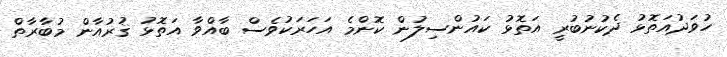
ހުވަދުއަތޮޅު ދެކުނުބުރީ އަތޮޅު ކައުންސިލުން ކޮންމެ އަހަރަކުވެސް ބާއްވާ އަތޮޅު ޤުރުއާން މުބާރާތް